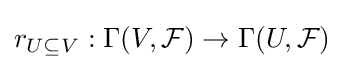
r_{U\subseteq V}:\Gamma (V,{\mathcal {F}})\to \Gamma (U,{\mathcal {F}})